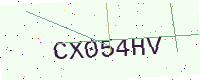
Text: CX054HV